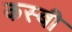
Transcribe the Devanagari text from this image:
कस्बी